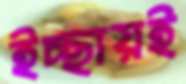
ইচ্ছায়ই